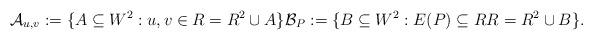
LaTeX: \begin{align*}\mathcal{A}_{u,v}:=\{A\subseteq W^2: u,v\in R=R^2\cup A\}\mathcal{B}_{P}:=\{B\subseteq W^2:E(P)\subseteq R R=R^2\cup B\}.\end{align*}